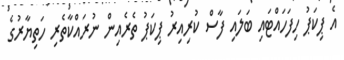
އެ ޕިކަޕު ހިފަހައްޓައި ބަލައި ފާސް ކުރިއިރު ޕިކަޕު ތެރެއިން ނުރައްކާތެރި ހަތިޔާރުގެ